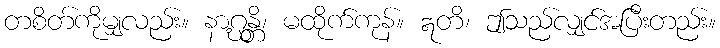
တစိတ်ကိုမျှလည်း။ နာဂ္ဃန္တိ၊ မထိုက်ကုန်။ ဣတိ၊ ဤသည်လျှင်အပြီးတည်း။